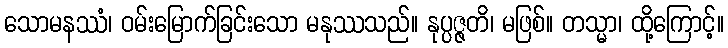
သောမနဿံ၊ ဝမ်းမြောက်ခြင်းသော မနုဿသည်။ နုပ္ပဇ္ဇတိ၊ မဖြစ်။ တသ္မာ၊ ထို့ကြောင့်။